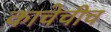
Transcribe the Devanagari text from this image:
काचेचीच